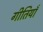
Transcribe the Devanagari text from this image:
गीतियाँ